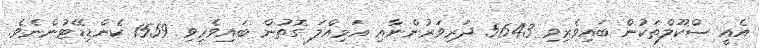
އެއީ ސްކޫލްތަކުން ބައިވެރިވި 5643 ދަރިވަރުންނާއި އަމިއްލަ ގޮތުން ބައިވެރިވި 1559 ކެންޑިޑޭޓުންނެވެ.